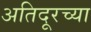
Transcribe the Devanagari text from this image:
अतिदूरच्या